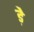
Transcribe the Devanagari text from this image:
ड़े